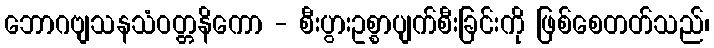
ဘောဂဗျသနသံဝတ္တနိကော - စီးပွားဥစ္စာပျက်စီးခြင်းကို ဖြစ်စေတတ်သည်၊